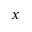
x